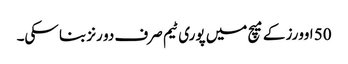
50 اوورز کے میچ میں پوری ٹیم صرف دو رنز بنا سکی۔